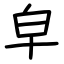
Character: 皁